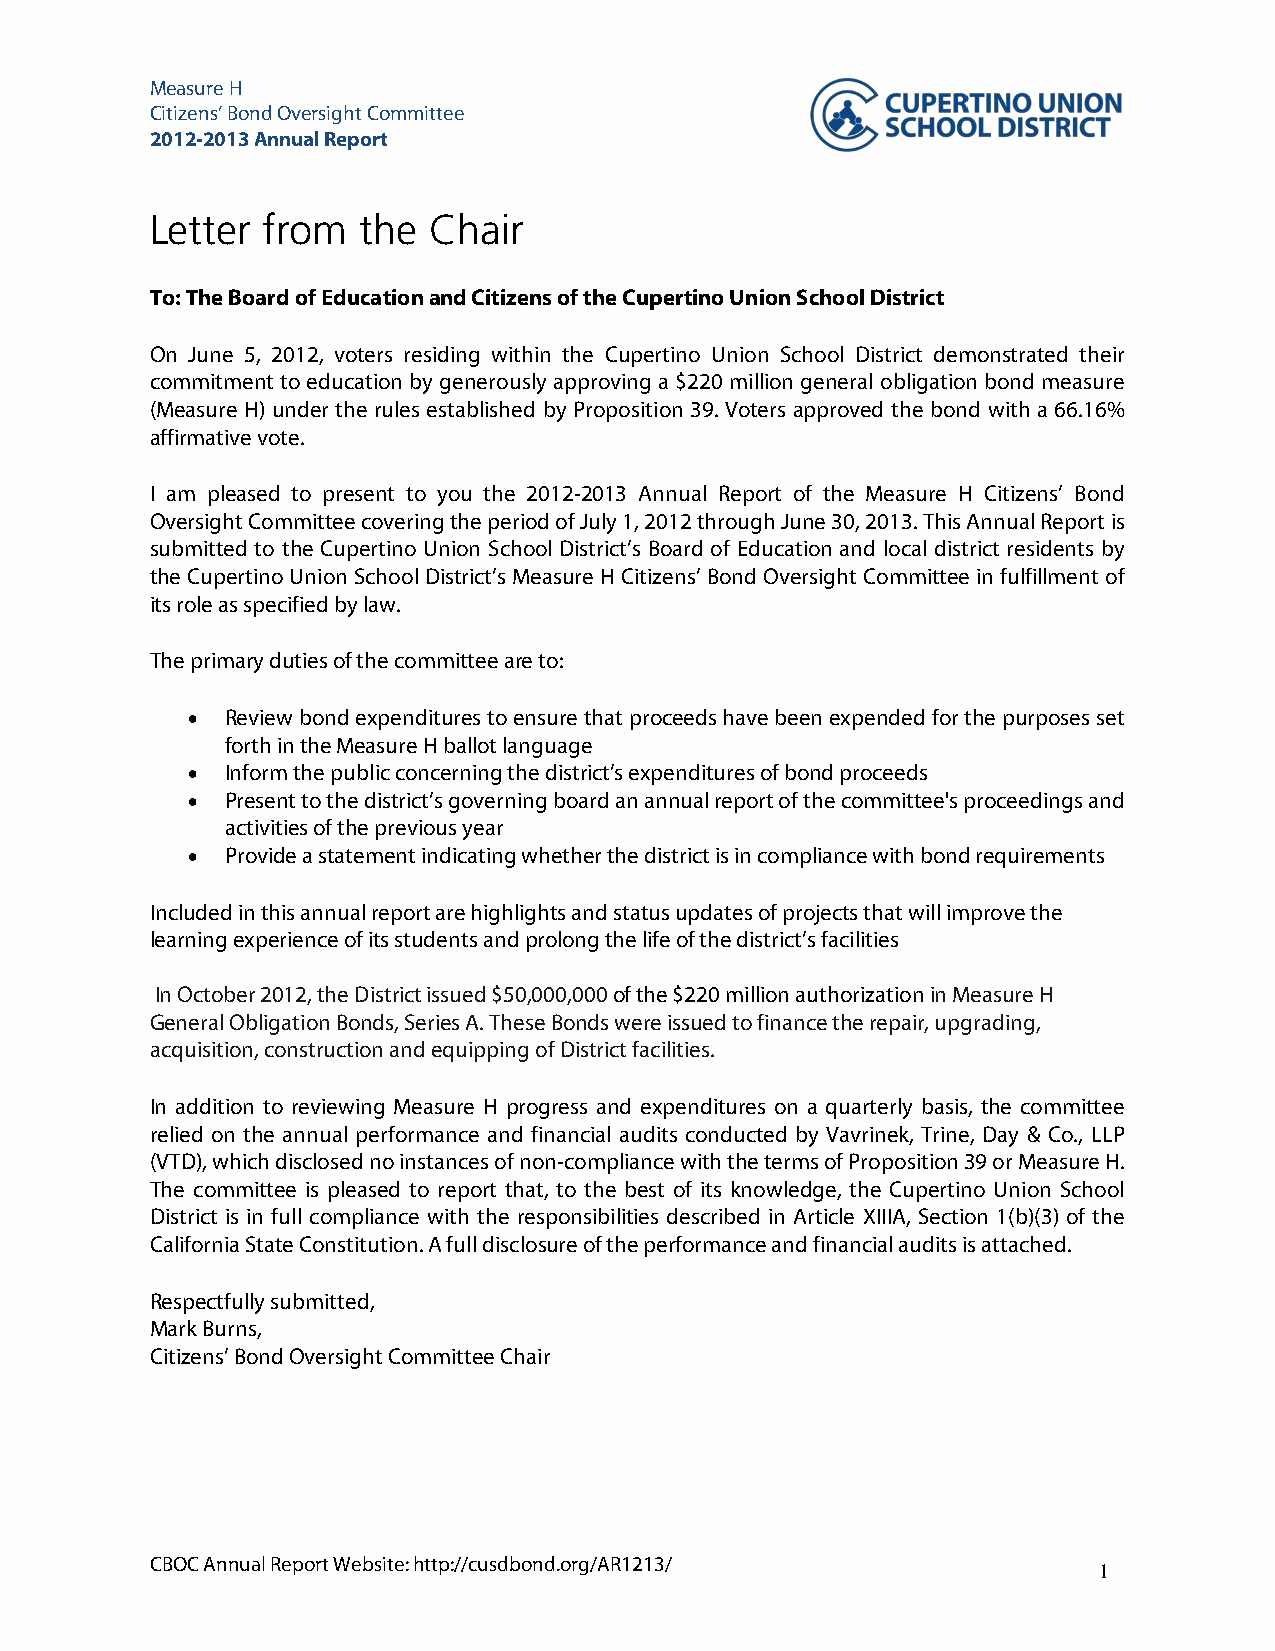
Measure H
 Citizens’ Bond Oversight Committee
 2012-2013 Annual Report
 Letter from   the Chair
 To: The Board of Education and Citizens of the Cupertino Union School District
 On June 5, 2012, voters residing within the Cupertino Union School District demonstrated their
 commitment to education by generously approving a $220 million general obligation bond measure
 (Measure H) under the rules established by Proposition 39. Voters approved the bond with a 66.16%
 affirmative vote.
 I am pleased to present to you the 2012-2013 Annual Report of the Measure H Citizens’ Bond
 Oversight Committee covering the period of July 1, 2012 through June 30, 2013. This Annual Report is
 submitted to the Cupertino Union School District’s Board of Education and local district residents by
 the Cupertino Union School District’s Measure H Citizens’ Bond Oversight Committee in fulfillment of
 its role as specified by law.
 The primary duties of the committee are to:
 •  Review bond expenditures to ensure that proceeds have been expended for the purposes set
 forth in the Measure H ballot language
 •  Inform the public concerning the district’s expenditures of bond proceeds
 •  Present to the district’s governing board an annual report of the committee's proceedings and
 activities of the previous year
 •  Provide a statement indicating whether the district is in compliance with bond requirements
 Included in this annual report are highlights and status updates of projects that will improve the
 learning experience of its students and prolong the life of the district’s facilities
 In October 2012, the District issued $50,000,000 of the $220 million authorization in Measure H
 General Obligation Bonds, Series A. These Bonds were issued to finance the repair, upgrading,
 acquisition, construction and equipping of District facilities.
 In addition to reviewing Measure H progress and expenditures on a quarterly basis, the committee
 relied on the annual performance and financial audits conducted by Vavrinek, Trine, Day & Co., LLP
 (VTD), which disclosed no instances of non-compliance with the terms of Proposition 39 or Measure H.
 The committee is pleased to report that, to the best of its knowledge, the Cupertino Union School
 District is in full compliance with the responsibilities described in Article XIIIA, Section 1(b)(3) of the
 California State Constitution. A full disclosure of the performance and financial audits is attached.
 Respectfully submitted,
 Mark Burns,
 Citizens’ Bond Oversight Committee Chair
 CBOC Annual Report Website: http://cusdbond.org/AR1213/
 1